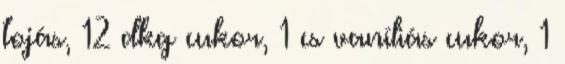
tojás, 12 dkg cukor, 1 cs vaníliás cukor, 1